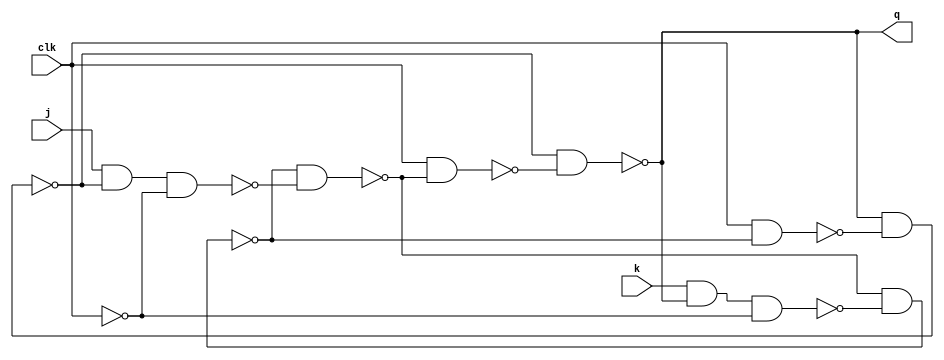
module jk(j,k,q,clk);
input j,k,clk;
output q;

wire [6:1]t;
wire qbar, clkbar;
// assign qbar=~q;
assign clkbar=~clk;
nand n1(q,qbar,t[1]);
nand n2(qbar,q,t[2]);
nand n3(t[2],clk,t[3]);
nand n4(t[1],clk,t[4]);
nand n5(t[4],t[3],t[5]);
nand n6(t[3],t[4],t[6]);
nand n7(t[6],k,q,clkbar);
nand n8(t[5],j,qbar,clkbar);

endmodule